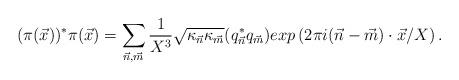
LaTeX: \begin{align*}(\pi({\vec x}))^* \pi({\vec x}) = \sum_{\vec n,\vec m}\frac{1}{X^{3}}{\sqrt{\kappa_{\vec n} \kappa_{\vec m}}} (q^*_{\vec n} q_{\vec m})exp\left(2\pi i ({\vec n}-{\vec m})\cdot {\vec x}/X \right).\end{align*}